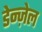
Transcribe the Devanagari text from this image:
डेन्ज़ेल